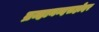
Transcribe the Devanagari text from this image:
ब्रम्हानन्दसहोदर